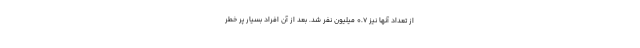
از تعداد آنها نیز ۰.۷ میلیون نفر شد. بعد از آن افراد بسیار پر خطر